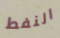
النفط